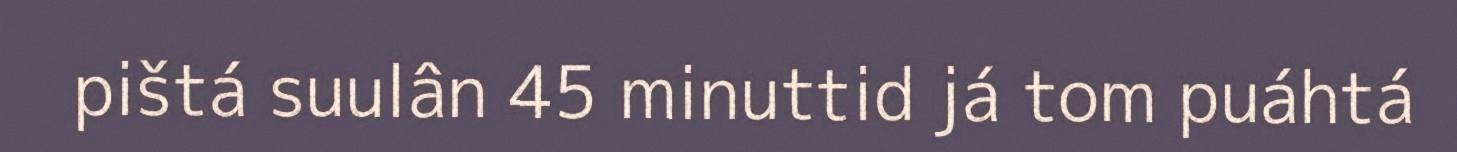
pištá suulân 45 minuttid já tom puáhtá